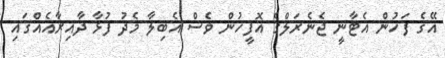
އޭގެ ފަހުން އެޓާނީ ޖެނެރަލްގެ އޮފީހުން ވެސް އެބިލާ މެދު ފުޅާ ދާއިރާއެއްގައި